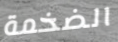
الضخمة